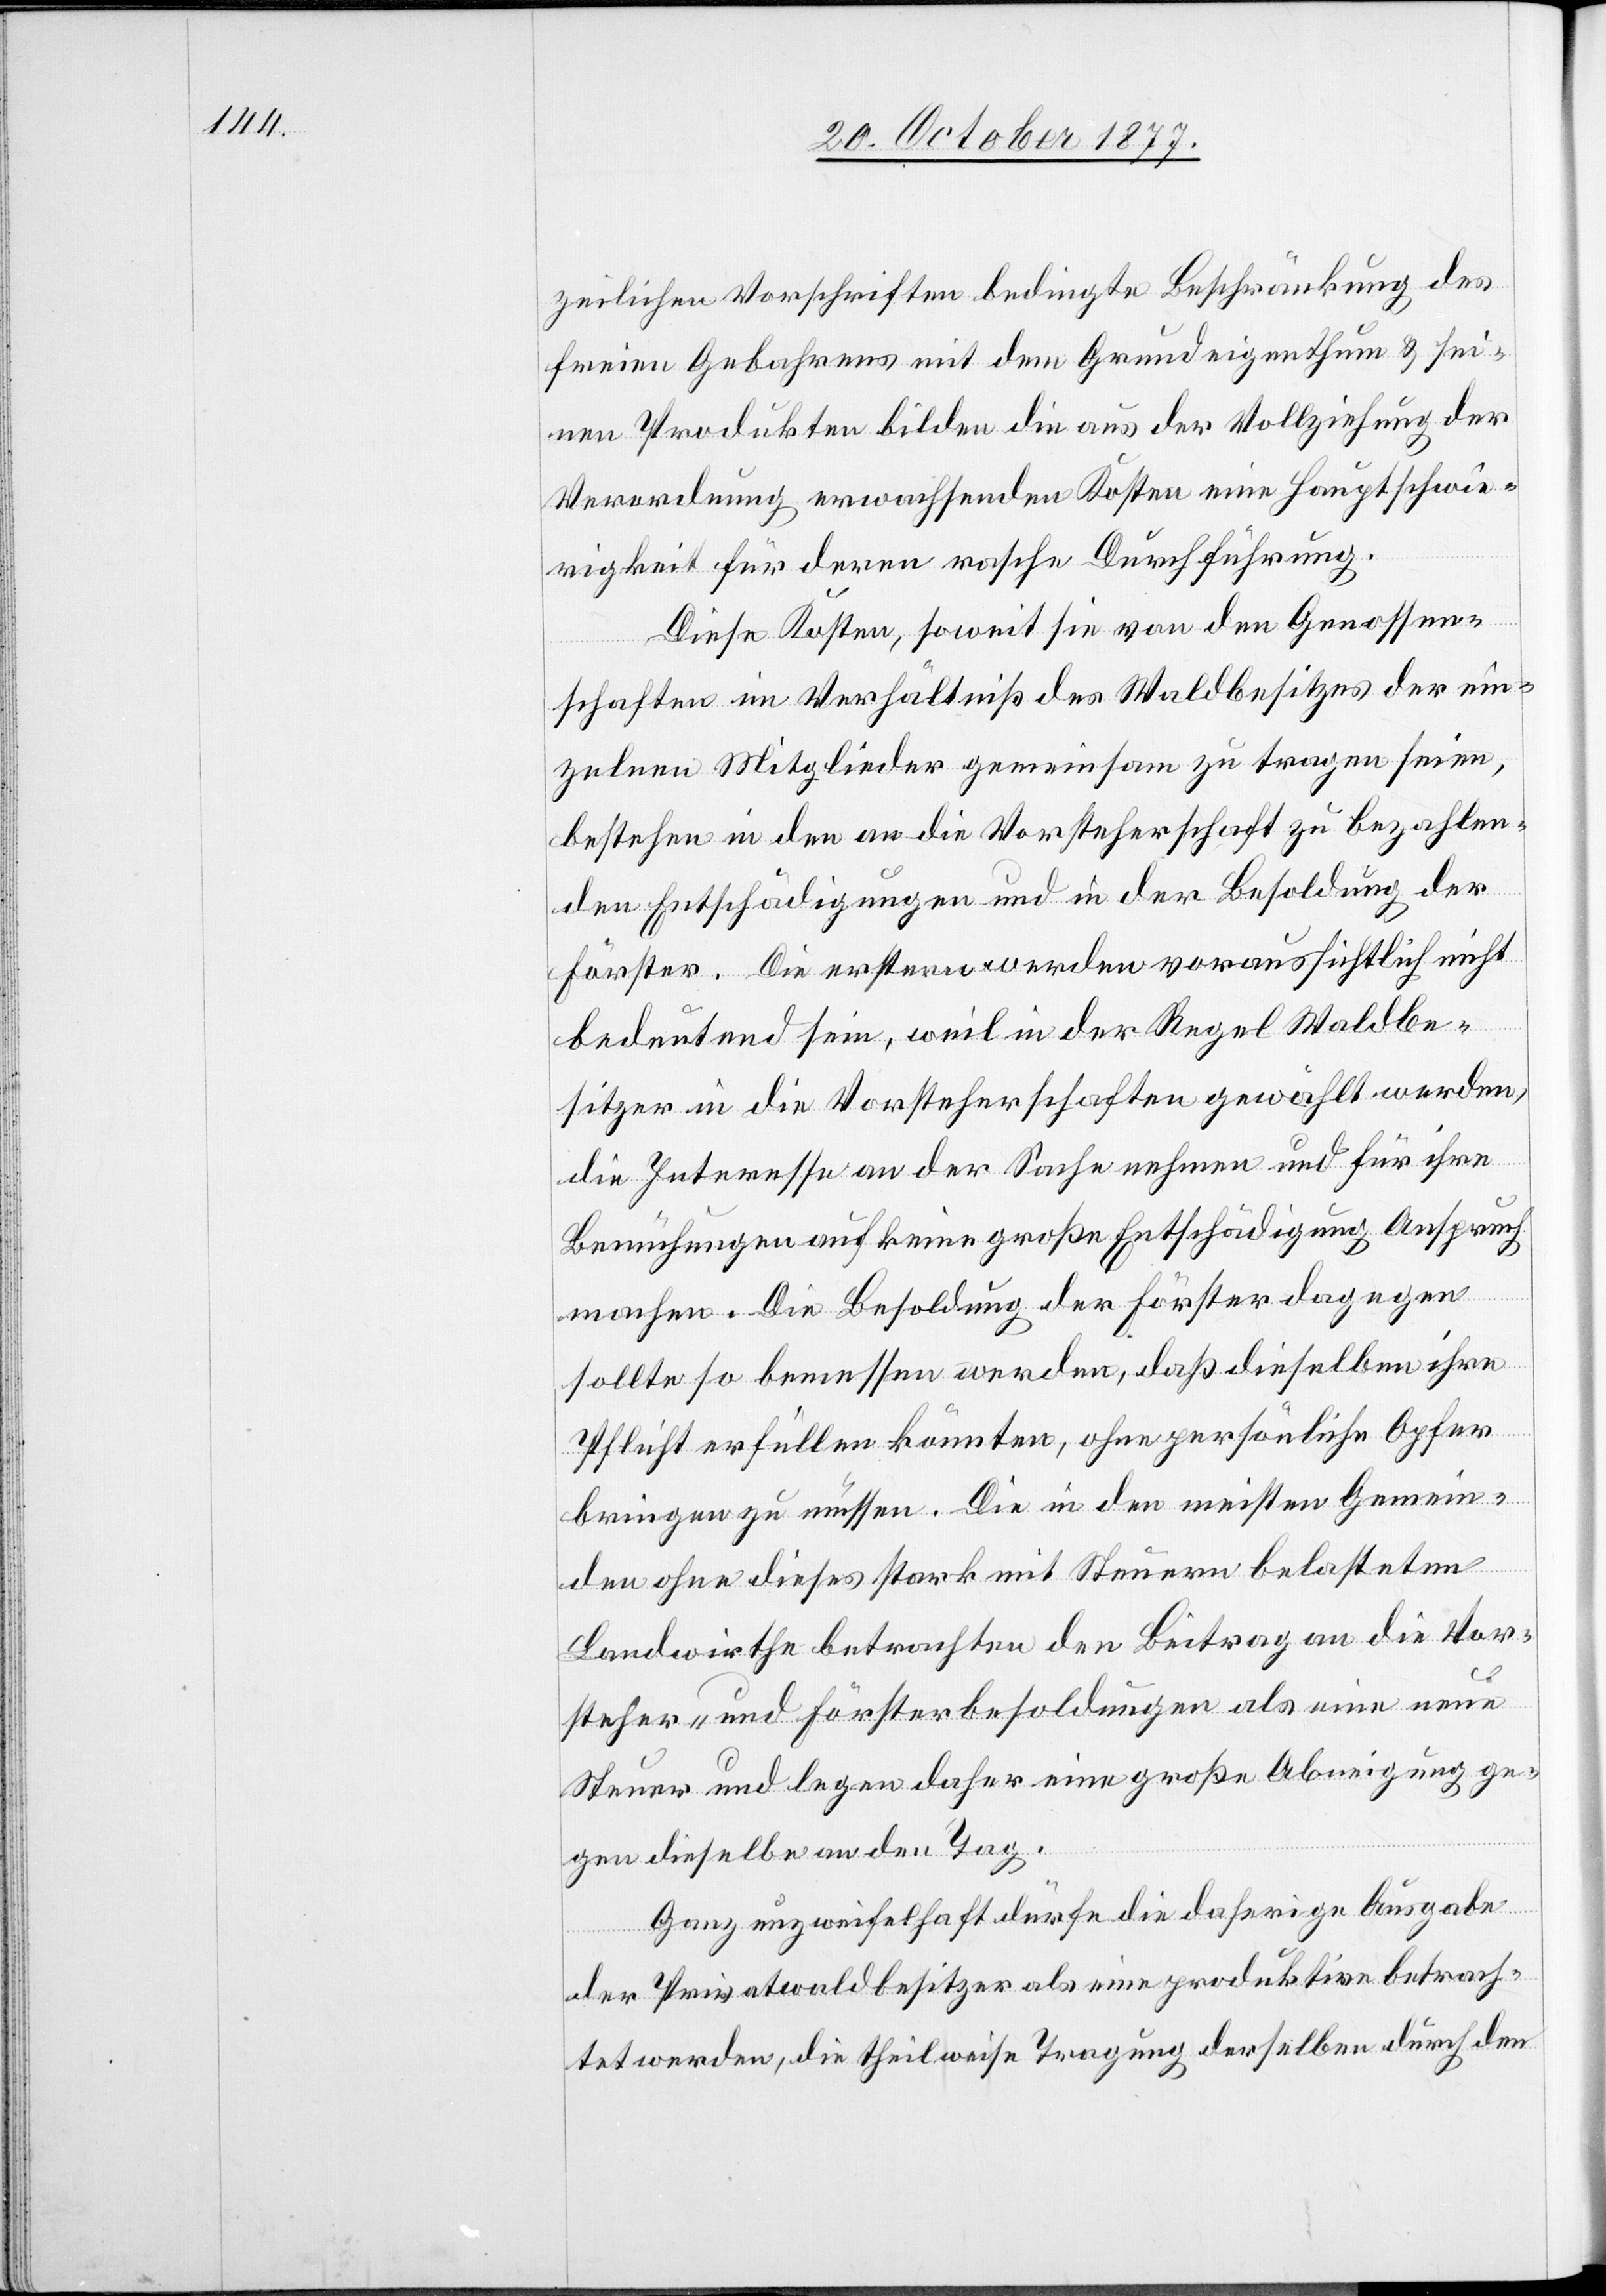
zeilichen Vorschriften bedingte Beschränkung des
freien Gebahrens mit dem Grundeigenthum & sei¬
nen Produkten bilden die aus der Vollziehung der
Verordnung erwachsenden Kosten eine Hauptschwie¬
rigkeit für deren rasche Durchführung.
Diese Kosten, soweit sie von den Genossen¬
schaften im Verhältniß des Waldbesitzes der ein¬
zelnen Mitglieder gemeinsam zu tragen seien,
bestehen in den an die Vorsteherschaft zu bezahlen¬
den Entschädigungen und in der Besoldung der
Förster. Die erstern werden voraussichtlich nicht
bedeutend sein, weil in der Regel Waldbe¬
sitzer in die Vorsteherschaften gewählt werden,
die Interesse an der Sache nehmen und für ihre
Bemühungen auf keine große Entschädigung Anspruch
machen. Die Besoldung der Förster dagegen
sollte so bemessen werden, daß dieselben ihre
Pflicht erfüllen könnten, ohne persönliche Opfer
bringen zu müssen. Die in den meisten Gemein¬
den ohne dieses stark mit Steuern belasteten
Landwirthe betrachten den Beitrag an die Vor¬
steher- und Försterbesoldungen als eine neue
Steuer und legen daher eine große Abneigung ge¬
gen dieselbe an den Tag.
Ganz unzweifelhaft dürfe die daherige Ausgabe
der Privatwaldbesitzer als eine produktive betrach¬
tet werden, die theilweise Tragung derselben durch den